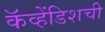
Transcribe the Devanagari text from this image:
कॅव्हेंडिशची